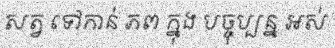
សត្វ ទៅកាន់ ភព ក្នុង បច្ចុប្បន្ន អស់